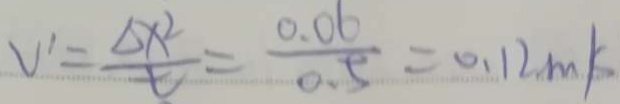
V ^ { \prime } = \frac { \Delta x ^ { 2 } } { t } = \frac { 0 . 0 6 } { 0 . 5 } = 0 . 1 2 . m / s